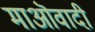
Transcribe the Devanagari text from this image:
माऒवादी